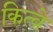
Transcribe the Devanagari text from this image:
कित्वे